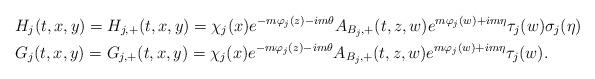
LaTeX: \begin{align*} &H_j(t,x,y)=H_{j, +}(t, x, y)=\chi_j(x)e^{-m\varphi_j(z)-im\theta}A_{B_j,+}(t,z,w)e^{m\varphi_j(w)+im\eta}\tau_j(w)\sigma_j(\eta)\\&G_j(t,x,y)=G_{j, +}(t, x, y)=\chi_j(x)e^{-m\varphi_j(z)-im\theta}A_{B_j,+}(t,z,w)e^{m\varphi_j(w)+im\eta}\tau_j(w).\end{align*}